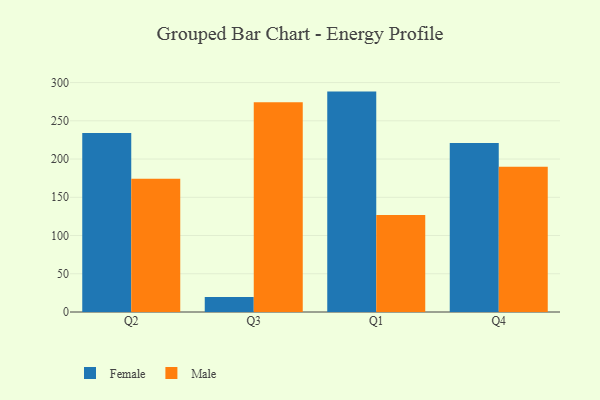
{"axis": {"x": "Quarter", "y": "Tickets Resolved"}, "legend": ["Female", "Male"], "data": [{"x": "Q2", "y": 234.1, "type": "Female"}, {"x": "Q2", "y": 174.1, "type": "Male"}, {"x": "Q3", "y": 19.5, "type": "Female"}, {"x": "Q3", "y": 274.4, "type": "Male"}, {"x": "Q1", "y": 288.2, "type": "Female"}, {"x": "Q1", "y": 126.7, "type": "Male"}, {"x": "Q4", "y": 220.9, "type": "Female"}, {"x": "Q4", "y": 190.0, "type": "Male"}]}